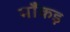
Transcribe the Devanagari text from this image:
माँकड़